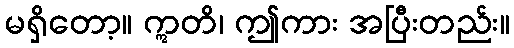
မရှိတော့။ ဣတိ၊ ဤကား အပြီးတည်း။